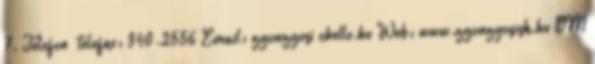
7. Telefon telefax: 340-2556 Email: gyongyosi chello.hu Web: www.gyongyosisk.hu OM